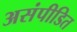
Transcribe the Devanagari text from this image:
असंपीडित